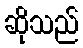
ဆိုသည်